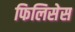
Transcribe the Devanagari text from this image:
फिलिसेस